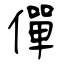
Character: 僤